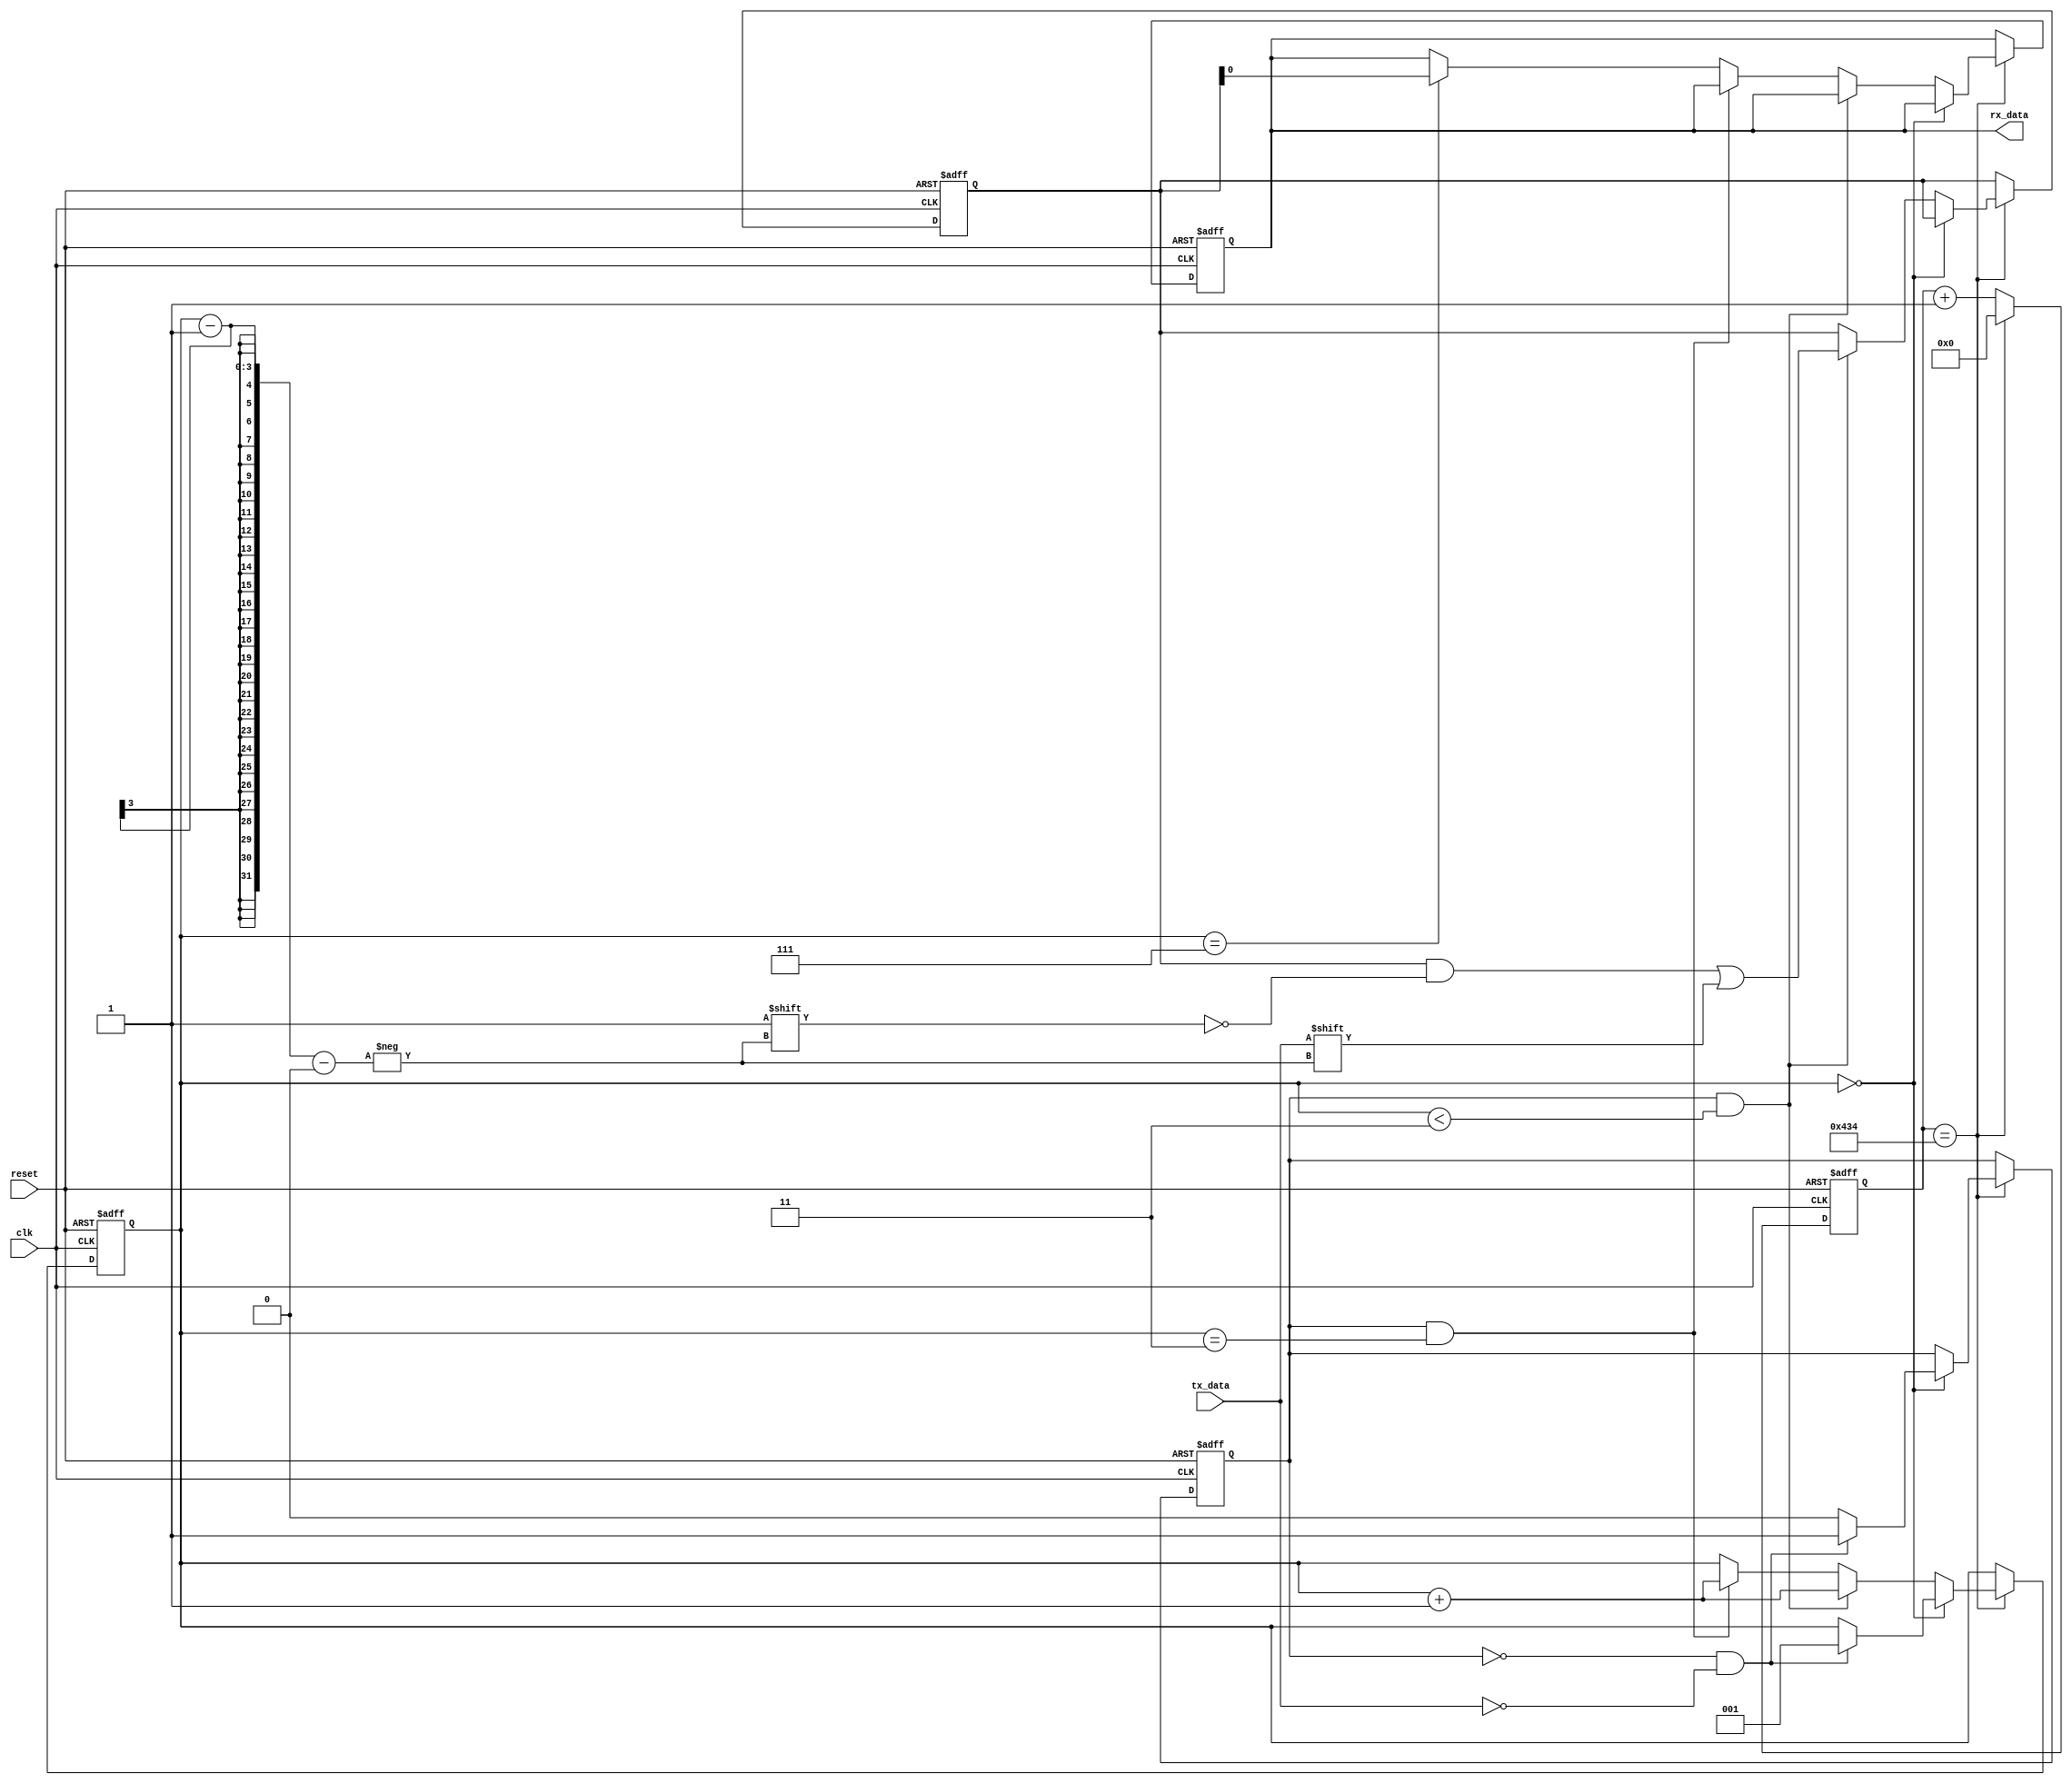
module UART_controller (
    input wire clk,
    input wire reset,
    input wire tx_data,
    output reg rx_data
);

reg [10:0] baud_counter;
reg [7:0] data_reg;
reg start_bit;
reg [2:0] bit_counter;
reg sampling;

always @(posedge clk or posedge reset) begin
    if (reset) begin
        baud_counter <= 11'b0;
        data_reg <= 8'b0;
        start_bit <= 1'b0;
        bit_counter <= 3'b0;
        sampling <= 1'b0;
        rx_data <= 1'b0;
    end else begin
        if (baud_counter == 11'd3124) begin
            baud_counter <= 11'b0;
            if (bit_counter == 3'b0) begin
                if (!start_bit && tx_data == 1'b0) begin
                    start_bit <= 1'b1;
                    bit_counter <= 3'b1;
                end else begin
                    start_bit <= 1'b0;
                end
            end else if (start_bit && bit_counter < 3) begin
                bit_counter <= bit_counter + 1;
                data_reg[bit_counter - 1] <= tx_data;
            end else if (start_bit && bit_counter == 3) begin
                bit_counter <= bit_counter + 1;
                sampling <= 1'b1;
            end else if (bit_counter == 7) begin
                rx_data <= data_reg;
            end
        end else begin
            baud_counter <= baud_counter + 1;
        end
    end
end

endmodule